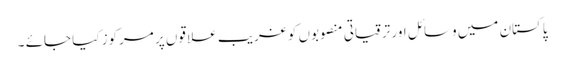
پاکستان میں وسائل اور ترقیاتی منصوبوں کو غریب علا قوں پر مرکوز کیا جائے ۔